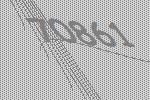
70861